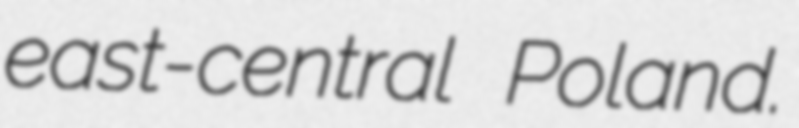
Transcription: east-central Poland.